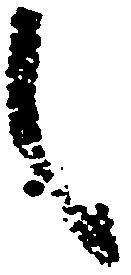
々